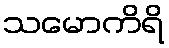
သမောကိရိ